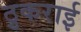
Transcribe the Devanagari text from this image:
ठुकराई